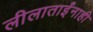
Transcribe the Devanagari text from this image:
लीलाताईंनाही